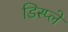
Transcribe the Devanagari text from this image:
डिस्‍प्‍ले